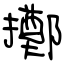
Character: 擲